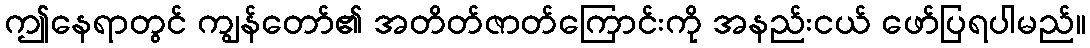
ဤနေရာတွင် ကျွန်တော်၏ အတိတ်ဇာတ်ကြောင်းကို အနည်းငယ် ဖော်ပြရပါမည်။